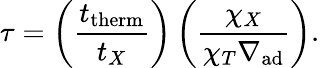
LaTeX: \tau=\left({\frac{t_{\mathrm{therm}}}{t_{X}}}\right)\left({\frac{\chi_{X}}{\chi_{T}\nabla_{\mathrm{ad}}}}\right).